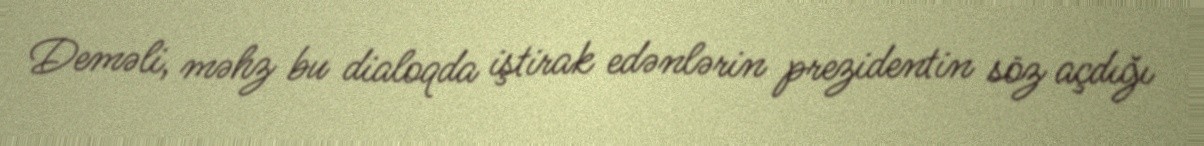
Deməli, məhz bu dialoqda iştirak edənlərin prezidentin söz açdığı